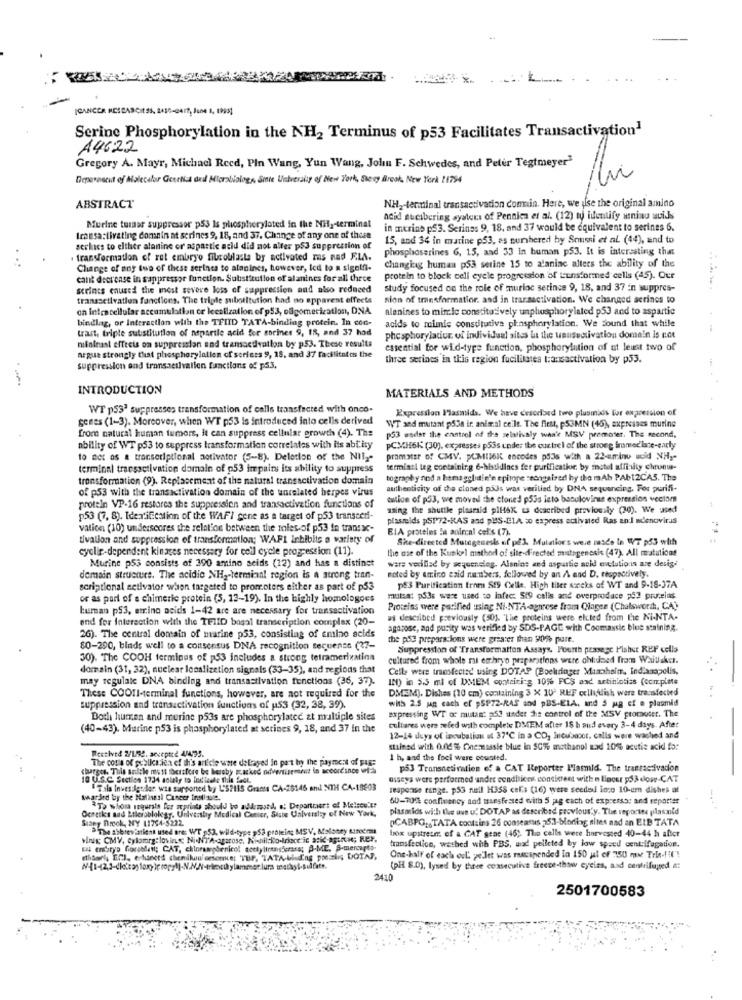
[CANCER MESSASCItSS, 2410-Ger ?, June 1, 1999]
Serine Phosphorylation in the NH2 Terminus of p53 Facilitates Transactivation1
A4622
Gregory A. Mayr, Michael Reed, Pin Wang, Yun Wang, John F. Schwedes, and Peter Tegtmeyer"
Deparasent of Molecular Genetics ded Micraliblog, Sinie Uishveralig of New York, Every Brook, New York 21794
NH2-terminal transactivation comin. Here, we ise the original amino
ABSTRACT
Murine turaer suppressor p53 Is phosphoryloted in the Nily-terminal
adid sueibering syalors of Pennica et al. (12) to identify wninu acids
in merins p53. Serines 9, 18, and 37 would be equivalent to serines 6.
Imusa:livating domain at serines 9, 18, and 37. Change of any one of these
15, and 34 in marine p53, as numbered by Soussi et al. (44), and to
serlncs to elther alanine or' aspartic acid did not alter p53 suppression of
phosphoserines 6, 15, and 33 in human p53. It is interesting that
. transformation of ret embryo filcollasta by activated mas nad ELA.
changing human p53 serine 15 to alanine alters the ability of the
Change of any tuo of these serines to alanincs, however, Icd to a sigetfi-
cant decrease in sappressor function. Substitution of alanines for all three
protein to block cell cycle progression of L'enstormed cells (45). Our
serincs enused the most severe loss of suppression and also reduced
study focused on the role of murloc serince 9, 18, and 37 in suppres-
transsetivation functions. The triple substitution had no apparent effects
sion of transformation. and in transactivation. We changed acrines to
on intra cellular accumulation cr leesiization of p53, oligomerication, DNA
alanines to minclc constitatively unphosphorylaled p53 and to aspartic
bindlag, or Interaction with the TFIID TATA-binding protein. In con-
acids to mimic constitutive phosphorylation. We Sound that while
trait, triple substitution of nepartie acid for sorines 9, 18, and 37 hod
phosphoryladur. of individual sites but the wensactivation domein is not
nifalnant effects on suppression and transactivation by p53. These results
essential for wid-type function, phosphorylation of at least two of
negue strongly that phosphorylation of seriets 9, 18, and 37 facilitatois the
three serines in this region fucililates t:ansactivation by p53.
suppression and transaetlvallen functions of p53.
INTRODUCTION
MATERIALS AND METHODS
WT p53' suppresses transformation of calls transfected with onco-
Expression Plasmids. We have described two plusmids for expression of
genes (1-3). Moreover, when WT p53 is introduced into cells derived
from natural human tumors, it can suppress cellular growth (4). The
WT sed mutant p53a ir animal ceils. The first, p53MN (46), expresses murine
p53 endat the castrol of the welativaly won't MSV premater. The second,
ability of WT p53 to suppress transformation correlates with its ablity
PCXH6K (30), expresses p5is under the custrel of the strong fromed late-early
to net as a transcriptional activator (5-8). Deletion of the Nily"
pramatEr of CMV. PLMIJOK encodes pools with a 22-amino acid NH ,-
terminal tracsactivation domain of 053 impairs its ability to suppress
terminal leg containing 6-histidincs fer purification by inotel affinity chrunu-
transformation (9). Replacement of the natural transactivation domain
tography nod a hemaggludin'e epitope secogaired by the raAb PAb12CAS. The
of p53 with the transactivation domain of the unrelated herpes virus
authenticity of the cloned pads was verilied by DNA sequencing. For purifi-
cution of p53, we moved the cloned p53s into basulovinis expression vectors
protein VP-16 restores the suppression and transactivetion functions of
using the shuttle plasmid piHsx ta dacribed previously (30). We used
p53 (7, 8). Idex'ification of the WAFI gene as a target of p53 transceni-
plasmids pSP72-RAS and pUS-CLA to express activated Ras an:] adenovirus
vation (10) underscores the relation between the inles of p53 in transxc-
EIA pasteles la aolrcal colis (7).
tivation and suppression of transformation; WAFI inhibits a variety of
She-directed Mutagenesis of pel Mutations were nasce to WT p53 with
cyclic-dependent kinases necessary for cell cycle progression (11).
the use of the Kunkel method of site-d'rected mutagenesis (47). All matutions
wars verified by sequencing. Alanins and aspartie acid enelutions are desig.
Murine p53 consists of 390 amino acids (12) and has a distinct
demain structure. The acidio NH2-terminal region is a strong tran-
noted by amino azid numbers, followed by an / and D. ttopactively.
scriptional setivator when targeted to promoters either as part of p53
pe3 Purification Ernm St9 Celle. High titer scecks of WT and 9-18-37A
or as part of a chimeric protein (3, 13-19). In the highly homologoes
mutsa: ps3s were used to infec: 519 calls and overprodace p53 proteins
human p53, amino acids 1-42 are are necessary for transactivation
Proteins were purified using Ni-NTA-agrese from Qlagen (Chalsworth, CA)
end for Interaction with the TETID bosal transcription complex (20-
ai described previously (50). "The proteins were elcted from the Ni-NTA.
agarose, aad purity was verified by SDS-PAGE with Coomassic blue staining.
26). The central domain of marine p53, consisting of amino acids
the pSe preparacions were greater than 90% pure.
80-290, binds well to a consensus DNA recognition Bequense (27-
Suppression of "Transformation Assays, Fourth passage Fisher REF cells
30). The COOH terminus of p53 includes a strong tetramerixatina
cultured from whole mi embryo preparations were chluned from Waillakc.
domain (31, 32), nuclear localization signals (33-35), and regions that
Celle were transfected using DOTAP (Boehringer Maschait, Indianapolis,
may regulate DNA binding and transastivation functions (36, 37).
IN) in 5.5 ml of DMEM containing 1056 PCS and artinintiss (complete
DMEM). Dishes (10 cm) containing 3 X 10" REF cellsilish were transfected
These COOIl-terminal functions, however, are not required for the
with 2.5 jag each of pSP72-RAS and pBS-EIA, and 5 mg of a plasmid
suppression and transactivation functions of us3 (32, 38, 39).
Both human and murine p53s are phosphorylatec at multiple sites
expressing WT of mutant a52 under the control of the MSV promoter. The
(40-43). Murine p53 is phosphorylated at scrines 9, 18, and 37 in the
cultures were zeled with complete DMEM after 18 h oud every 3-4 days. After
12-14 days of incubation at 37℃ in a CO, Incubacor, calls were washed and
Reuthved 2/1/92. accepted 4/4-95.
stalned with 0.06 3% Chezmsssie blue in 50% methanol sad 10% acutie acid for
The colla of publicsida ef th's article were delayed in part by the payment of page
1 h, and the foci were counted.
charges. This sodthe mist berafore be hereby .azked advertisement in accordance vi-
p53 Transnetivation of a CAT Reporter Plasmid. The transactivadon
a U.S.C. Section 1734 solely to indicate this fact
osseys were performed under conditices consistent with n Blocsr $53 dlour-CAT
"Tils Investigueles wia supported by L'SPIS Grants CA-25146 and NTH CA-18603
response range. p53 nuil H3SS cells (16) were seeded imo 10-em dishes at
Awarded toy the Halinesl Cuncer insti-nule.
60-70%% confluency and transfessed with 5 jag each of expresso: and reporter
Ochtiks and Ltleroblolegy. Univershy Medical Center, State University of New York,
To whom anguria for oprints should be addrmotd, s; Department of Melsce !!!
plasaids with the use u. DOTAP as described previous.y. The reportes plasmid
Sizey Brook, NY 11754-5222
DCABPG :. TATA contains 26 consensus 253-bloding sites and an EIB TATA
>The abbievarient used are: WT 553, wild-type 953 protein; MSV, Maloney tancer
box upstream. of a CAT seae (46). The cells were harvested 40-44 h after
Minus; CMV, Cylomrg: lovin; Ni.NT'A-agarose. Ni-nil-to-Arioce ic acid-agents; Rer,
transfection, washed with PBS, nad pelleted by low speed centrifugation.
ethisori, Efl, erduneed chenikuau'ertone; TUP, TATA-blud'ng pouring DOTAJ,
One-half of each oul', pellet was macspended In 150 jal of 350 rome Trie-fil'!
(pi 8.0), lysed by three consecutive freeze-thow cycies, and centrifuged #:
2410
2501700583